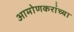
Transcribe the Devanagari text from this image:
आमोणकरांच्या